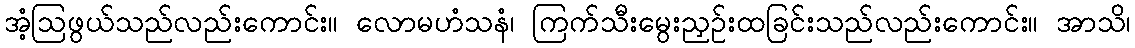
အံ့ဩဖွယ်သည်လည်းကောင်း။ လောမဟံသနံ၊ ကြက်သီးမွေးညှဉ်းထခြင်းသည်လည်းကောင်း။ အာသိ၊